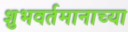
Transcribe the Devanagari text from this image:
शुभवर्तमानाच्या